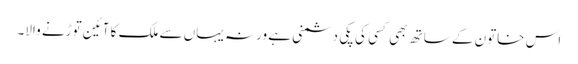
اس خاتون کے ساتھ بھی کسی کی پکی دشمنی ہے ورنہ یہاں سے ملک کا آئین توڑنے والا۔